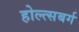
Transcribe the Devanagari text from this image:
होल्त्सबर्ग